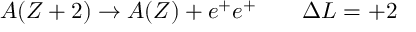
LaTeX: A ( Z + 2 ) \to A ( Z ) + e ^ { + } e ^ { + } \quad \quad \Delta L = + 2